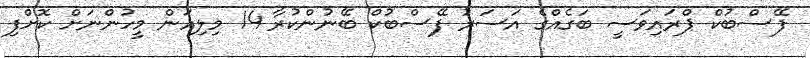
ފޭސްބުކް ޕްރައިވަސީ ބަގެއްގެ އަސަރު ފޭސްބުކް ބޭނުންކުރާ 14 މިލިއަން މީހުންނަށް ކޮށްފި